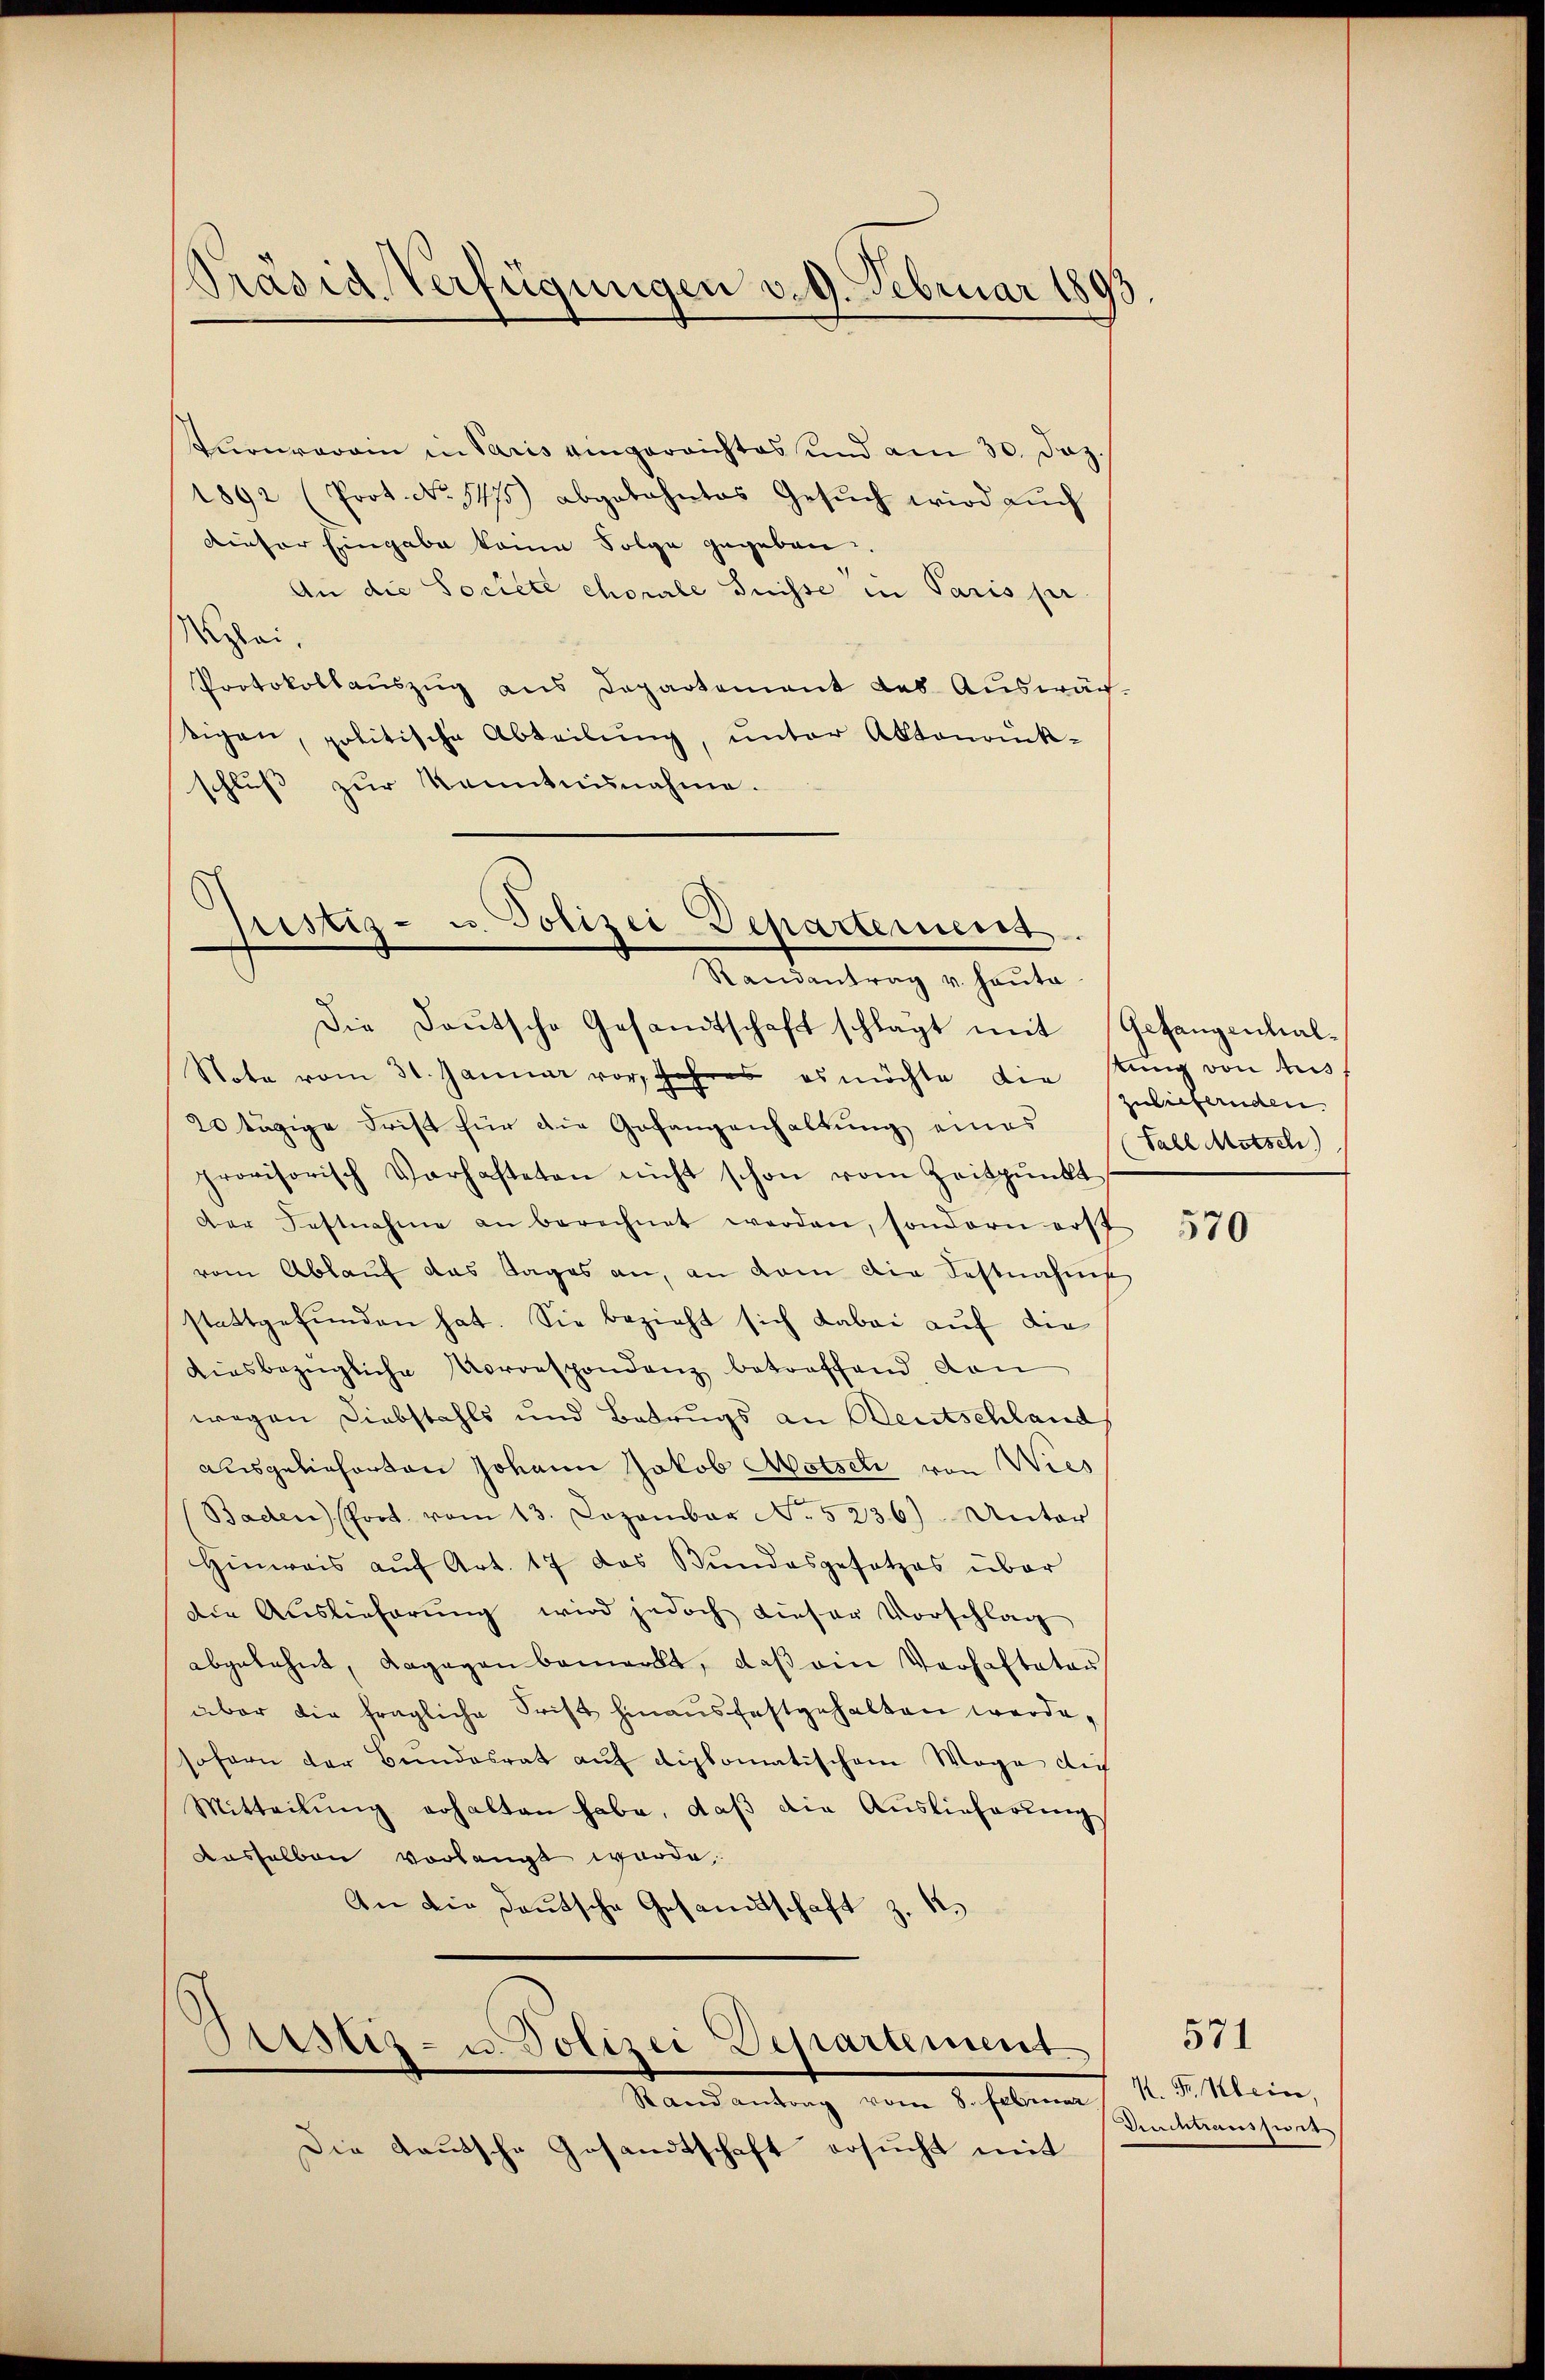
Präsid. Verfügungen v. 9. Februar 1893

Turnverain in Paris eingereichtes und am 30. Jaz.
1892 (Prot. No. 1475) abgebahntes Gesŭch wird aŭch
Dieser Eingabe keine Folge gegeben
An die Société chorale Suisse in Paris pr
zlei.
Protokollauszug aus Departement des Auswärtigen, politische Abteilŭng, unter Aktenrück-
schluss zur Kenntnunahme.

Justiz- u. Polizei Departement.
Randantrag v. Hauta

Die Daŭtsche Gesandtschaft schlägt mit Gesangenhal¬
Note vom 31. Januar vor. Jahres es möchte die stung von Aus
20 tägige Frist für die Gefangenhaltung eines
provisorisch Varhafteten nicht schon vom Zeitpunkt
Der Festnahme an berechnet werden, sondern erst
vom Ablauf das Tages an, an dem die Festnahms
stattgefŭnden hat. Sie bezieht sich dabei auf die
diesbezügliche Vorrespondenz betreffend, den
wegen Diebstahls und Betrugs an Deutschland
ausgelieferten Johann Jakob Motseli von Wies
Baden (Prot. vom 13. Dezember No. 5236). Unter
Hinweis aŭf Art. 17 das Bundesgesetzes über
die Auslieferung wird jedoch dieser Vorschlag
abgelehnt, dagegen bemerkt, daß ein Verhaftetes
aber die fragliche Frist hinaŭsfestgehalten werde,
sofern der Bundesrat auf diplomatischem Wege di
Mitteilŭng erhalten habe, daβ die Auslieferŭngs
aasselben vorlangt wurde,
An die Deutsche Gesandtschaft z. B.

Sistiz- u. Polizei Departement
Stand antrag vom 8. Februar

Die Lautsche Gesandtschaft ersucht mit

zuliefernden
Fall Motsch)

570

K. Fr. Kleine,
Deuchtraussers

571